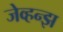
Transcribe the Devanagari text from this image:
जेव्हन्झ